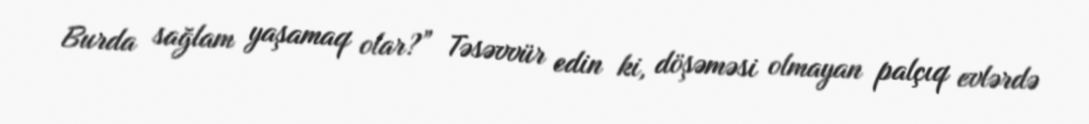
Burda sağlam yaşamaq olar?” Təsəvvür edin ki, döşəməsi olmayan palçıq evlərdə